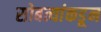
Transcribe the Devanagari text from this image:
सोबत्यांकडून